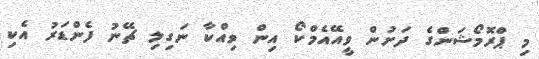
މި ޕްރޮމޯޝަންގެ ދަށުން ވީއޭއެމްކޯ އިން ވިއްކާ ނަގިލި ޗޭނު ފެންޑަރު އެކި